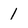
Character: 1